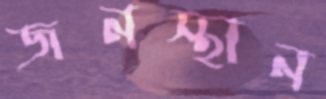
জনস্থান